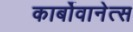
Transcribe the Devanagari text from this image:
कार्बोवानेत्स